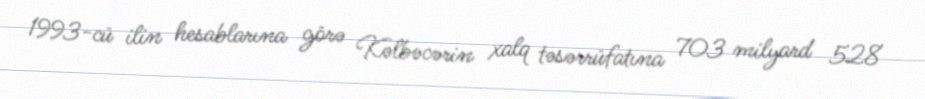
1993-cü ilin hesablarına görə Kəlbəcərin xalq təsərrüfatına 703 milyard 528